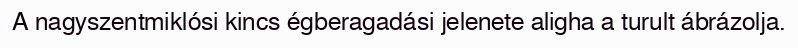
A nagyszentmiklósi kincs égberagadási jelenete aligha a turult ábrázolja.